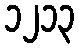
၁၂၁၃